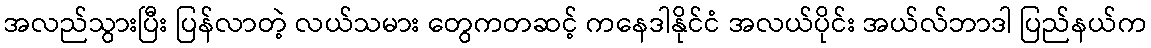
အလည်သွားပြီး ပြန်လာတဲ့ လယ်သမား တွေကတဆင့် ကနေဒါနိုင်ငံ အလယ်ပိုင်း အယ်လ်ဘာဒါ ပြည်နယ်က